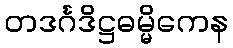
တဒင်္ဂဒိဋ္ဌဓမ္မိကေန